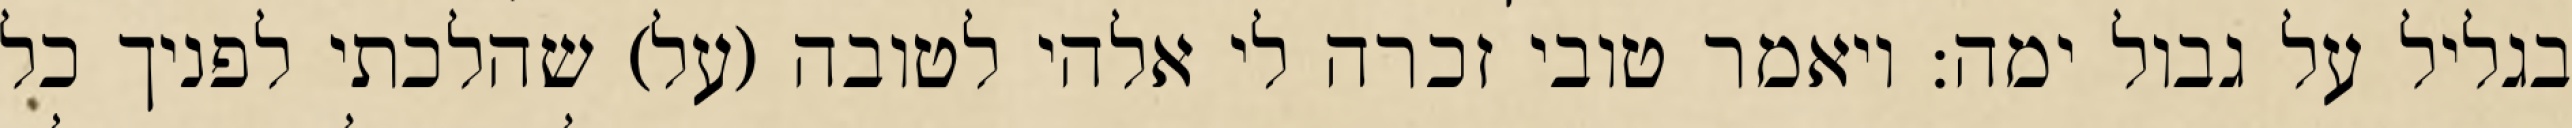
בגליל על גבול ימה: ויאמר טובי זכרה לי אלהי לטובה (על) שהלכתי לפניך כל